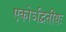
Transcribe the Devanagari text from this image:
एकोऽद्वितीयः